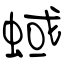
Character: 蜮